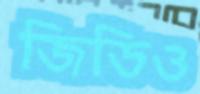
জিডিও